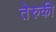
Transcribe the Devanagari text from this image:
तेरुकी